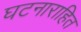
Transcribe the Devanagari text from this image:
घटनाराहित